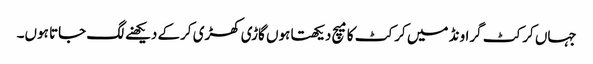
جہاں کرکٹ گراونڈ میں کرکٹ کامیچ دیکھتا ہوں گاڑی کھڑی کرکے دیکھنے لگ جاتا ہوں۔